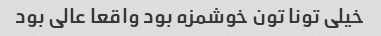
خیلی تونا تون خوشمزه بود واقعا عالی بود